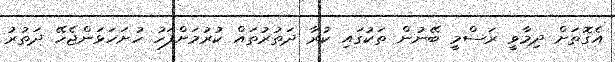
އެގޮތަށް ދިމާވީ ރަސްމީ ބޭނުން ތަކުގައި ކުރާ ދަތުރުތައް ކުރުމަށްފަހު ހުށަހަޅަންޖެހޭ ދަތުރު